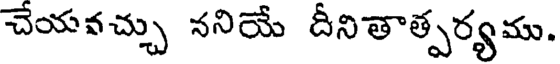
చేయవచ్చు ననియే దీనితాత్పర్యము.